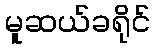
မူဆယ်ခရိုင်